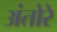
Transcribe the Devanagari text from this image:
अंतोरे